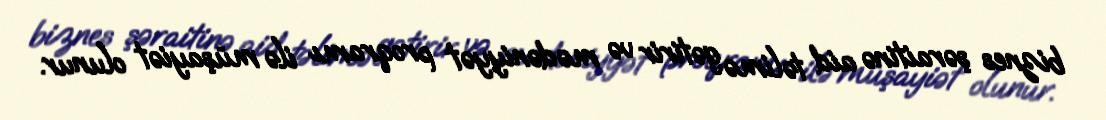
biznes şəraitinə aid təlimə gətirir və mədəniyyət proqramı ilə müşayiət olunur.